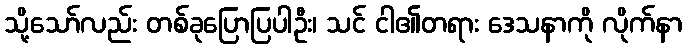
သို့သော်လည်း တစ်ခုပြောပြပါဦး၊ သင် ငါ၏တရား ဒေသနာကို လိုက်နာ